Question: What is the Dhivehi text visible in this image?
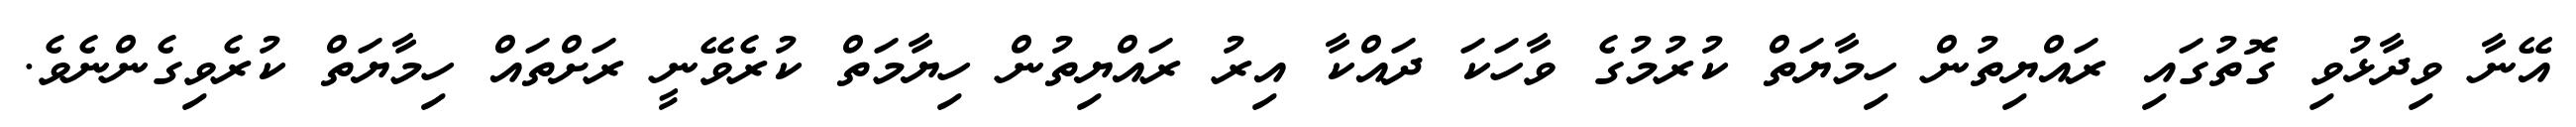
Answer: އޭނާ ވިދާޅުވި ގޮތުގައި ރައްޔިތުން ހިމާޔަތް ކުރުމުގެ ވާހަކަ ދައްކާ އިރު ރައްޔިތުން ހިޔާމަތް ކުރެވޭނީ ރަށްތައް ހިމާޔަތް ކުރެވިގެންނެވެ.